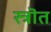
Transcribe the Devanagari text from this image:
स्त्रॊत